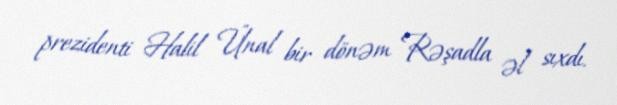
prezidenti Halil Ünal bir dönəm Rəşadla əl sıxdı.